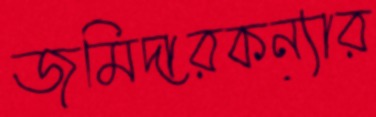
জমিদারকন্যার